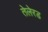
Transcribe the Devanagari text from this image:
तेलेरड